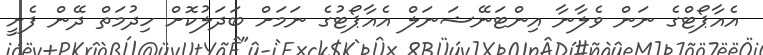
އެއާޕޯޓްގެ ނަން ވެލާނާ އިންޓަނޭޝަނަލް އެއާޕޯޓުގެ ނަމަށް ބަދަލުކޮށް ހިދުމަތް ދޭން ފެށީ